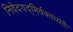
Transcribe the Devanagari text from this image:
निवेदयद्भिर्वक्तव्यंतैः